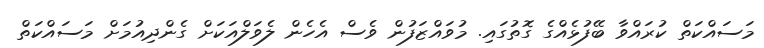
މަސައްކަތް ކުރައްވާ ބޭފުޅެއްގެ ގޮތުގައި. މުވައްޒަފުން ވެސް އެހެން ލެވަލްއަކަށް ގެންދިއުމަށް މަސައްކަތް